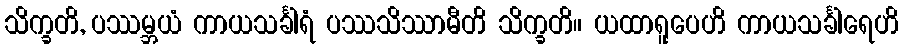
သိက္ခတိ, ပဿမ္ဘယံ ကာယသင်္ခါရံ ပဿသိဿာမီတိ သိက္ခတိ။ ယထာရူပေဟိ ကာယသင်္ခါရေဟိ